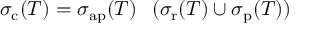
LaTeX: \sigma _ { \mathrm { c } } ( T ) = \sigma _ { \mathrm { a p } } ( T ) \setminus ( \sigma _ { \mathrm { r } } ( T ) \cup \sigma _ { \mathrm { p } } ( T ) )